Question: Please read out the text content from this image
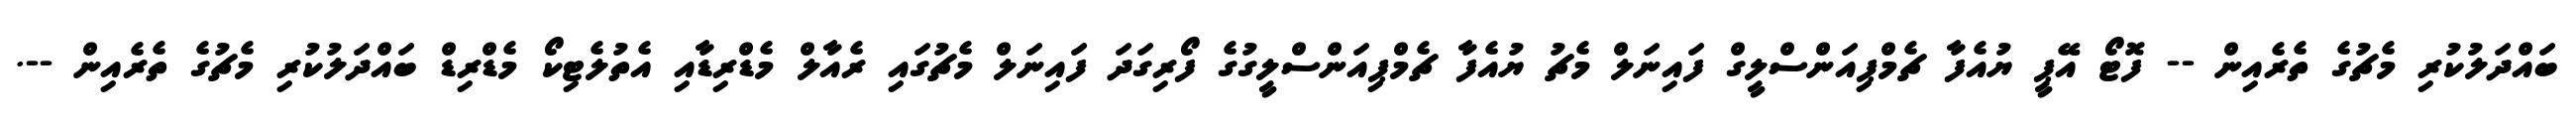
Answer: ބައްދަލުކުރި މެޗުގެ ތެރެއިން -- ފޮޓޯ އޭޕީ ޔުއެފާ ޗެމްޕިއަންސްލީގް ފައިނަލް މެޗު ޔުއެފާ ޗެމްޕިއަންސްލީގުގެ ފޯރިގަދަ ފައިނަލް މެޗުގައި ރެއާލް މެޑްރިޑާއި އެތުލެޓިކޯ މެޑްރިޑް ބައްދަލުކުރި މެޗުގެ ތެރެއިން --.